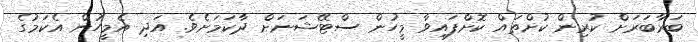
ބަރާބަރަށް ކުރިން ކުށްތައް ކޮށްފައިވާ މީހުން ސްޓޭޝަނަށް ދާކަމަށެވެ. އަދި އެމީހުން އެކަމުގެ